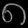
Digit: ၈